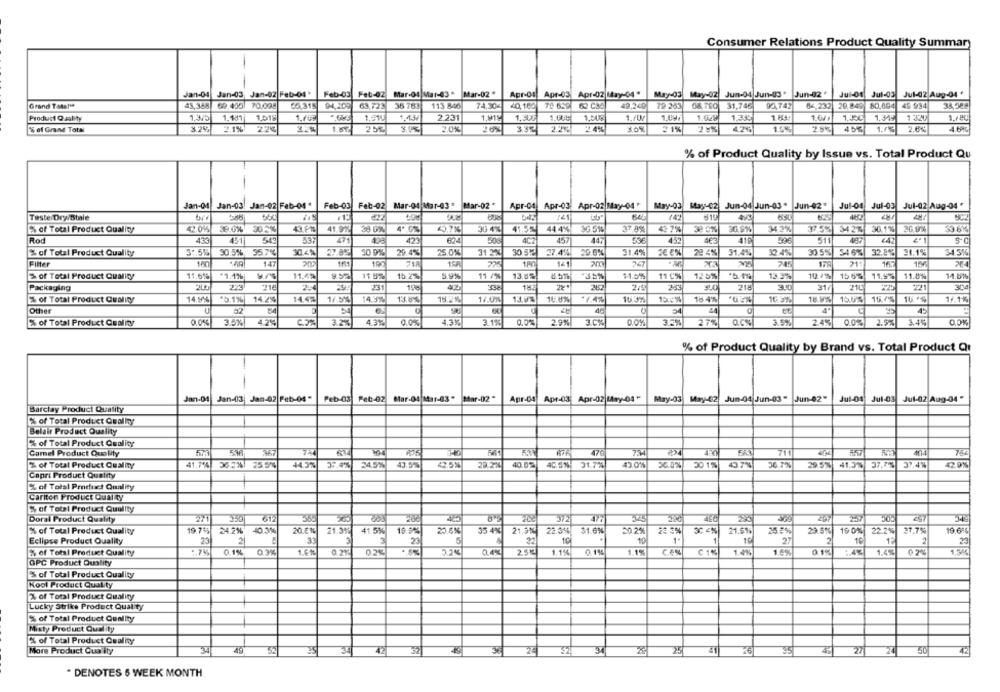
Consumer Relations Product Quality Summary
-
Jan-04
Jan-03, Jan-02 Feb-04'
Feb-05
Fet-02
Mar-04 Mar-83 *
Mar-02 "
Apr-Of Apr-03: Apr-02 May-04 "
May-03 May-02 Jun-04 Jun-03 . Jun-02 "
Jul-01
Jul-03
Jul-02 Aug-04 '
Grand Totales
36 763
72 263
49 934
43,388
69,4551 70,095
55,315
94,309
63,723
113 846
74,304
40,160
70 6.9 62 035
49.240
31,746
92742
66,232
29,849
80,004
Product Quality
1.181
1518
9.434
2.231
1.919
1,300
1,50g
1./0
1.04.
1.628
1.230
1.64
1.349
'S of Grand Total
3.2%
P1%
22%
1.87
25%
3.0%
2.0%
20%
3.92
22%
3.0%
21%
42%
15%
4 5%
2.6%
4.6%
% of Product Quality by Issue vs. Total Product Qu
Jan-04 Jan-03. Jan-02 Feb-04*
Feb-03 Feb-02
Mar-04 Mar-03 * Mar-02 *
Apr-04 Apr-03 Apr-02 May-04"
May-03 May-02 Jun-04 Jun-03 * Jun-42*
Jul-01 Jul-03 Jul-02 Aug-04 +
Teste Dry/Stale
141
2% of Total Product Quality
42.09%
3054
41 .9%
30 4%
41.55
44 4%
30 51
42 79
30.8%
34 .2%
375 E423
30.19
20.9%
Rod
54
47
506
407
457
447
596
452
419
596
511
€42
5-
% of Total Product Quality
3º 5%
30.5%
357%
30.4%
27.029
30 9%
29.4%
25.0%
31 2%
30.522
37.4% 29 6%
31.4%
22 4%
31.4%
32.4%
30 5% 54 6% 32.81.
31.1%
345%
Filter
160
147
207
190
718
180
am
245
179
& of Total Product Quality
.5.4%
11.4%
11 9%
15.27.
5.9%
11 /%
13.52
11 0%
125%
*b. 1%
13.3%
10.2%
1567 11.95
11.8%
Packaging
216
25
231
15
2657
2/8
283
218
31/
221
304
11.5%
14.9%
13.8%
13.0%
16.8%%
15.0%
18 4%
16.5%
16 %
% of Total Product Quality
14.90%
*5.1%
14.2%
14.42
18.2%
14.0%%
.7.4%
10.3%
16.9%
15.5% 16.05
1/.1%
Other
92
84
54
44
4ª
% of Total Product Quality
0.0%
3.5%|
4.2%
C.5%
4.3%
0.0%
4.3%
3.1%
0.0%
2.9%
3.0%
0.0%
3.3%
27%
3.5%
2.4%
0.0%
2.5%
3.45
% of Product Quality by Brand vs. Total Product Qr
Jan-04
Jan-03 Jan-02 Feb-04"
Feb-03
Pet :- 02
Mar-04 Mar-03 "
Mar-02 "
Apr-04 Apr-03
Apr-02 May-04"
May-03
May-02
Jun-04 Jun-03 "
Jun-02-
Jul-01
Jul-03
Jul-02 Aug-04"
Barclay Product Quality
%% of Total Product Quality
Belair Product Quality
% of Total Product Quality
Camel Product Quality
573
476
7:34
711
41.7%
367% 25 5%
44.5%
37.4%
24.5%
43.57%
42.59%
29.220
40.02
40.5% 31.7%
43.0%
53.0%
30 1%
437%
56.7%
29.5% 41.3% 37.7%5
37,4%
% of Total Product Quality
42.9%
Capri Product Quality
% of Total Product Quality
Cariton Product Quality
5% of Total Product Quality
Doral Product Quality
271
350
612
24
% of Total Product Quality
19.74%
24.2%
40.3%
20.8%
21.359
41 5%
19.9%
20.6%
35 4%
21.3%
22.39%
$1.6%
50.2%
23 3%
30 4%
21.5%
25.8%
23.5%
19 0%
22.2%
19 65
23
2
33
23
32
10
1
27
2
10
2
23
Eclipse Product Quality
% of Total Product Quality
.. 7%
0.1%
0.3%
1.6 %
0.2%
0.2%
0.4%
2.5K
1.1%
0.1%
1.1%
C1%
1.4%
1.5%
0.1%
:4%
1.4%
02%
OPC Product Quality
% of Total Product Quality
Kool Product Quality
% of Total Product Quality
Lucky Strike Product Quality
% of Total Product Quality
Misty Product Quality
% of Total Product Quality
More Product Quality
49
36
25
26
* DENOTES 6 WEEK MONTH